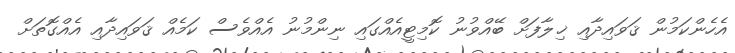
އެހެންކަމުން ޤަވައިދާއި ޚިލާފަށް ބޭއްވުނު ކޮމިޓީއެއްގައި ނިންމުނު އެއްވެސް ކަމެއް ޤަވައިދާއި އެއްގޮތަށް